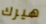
هيرك